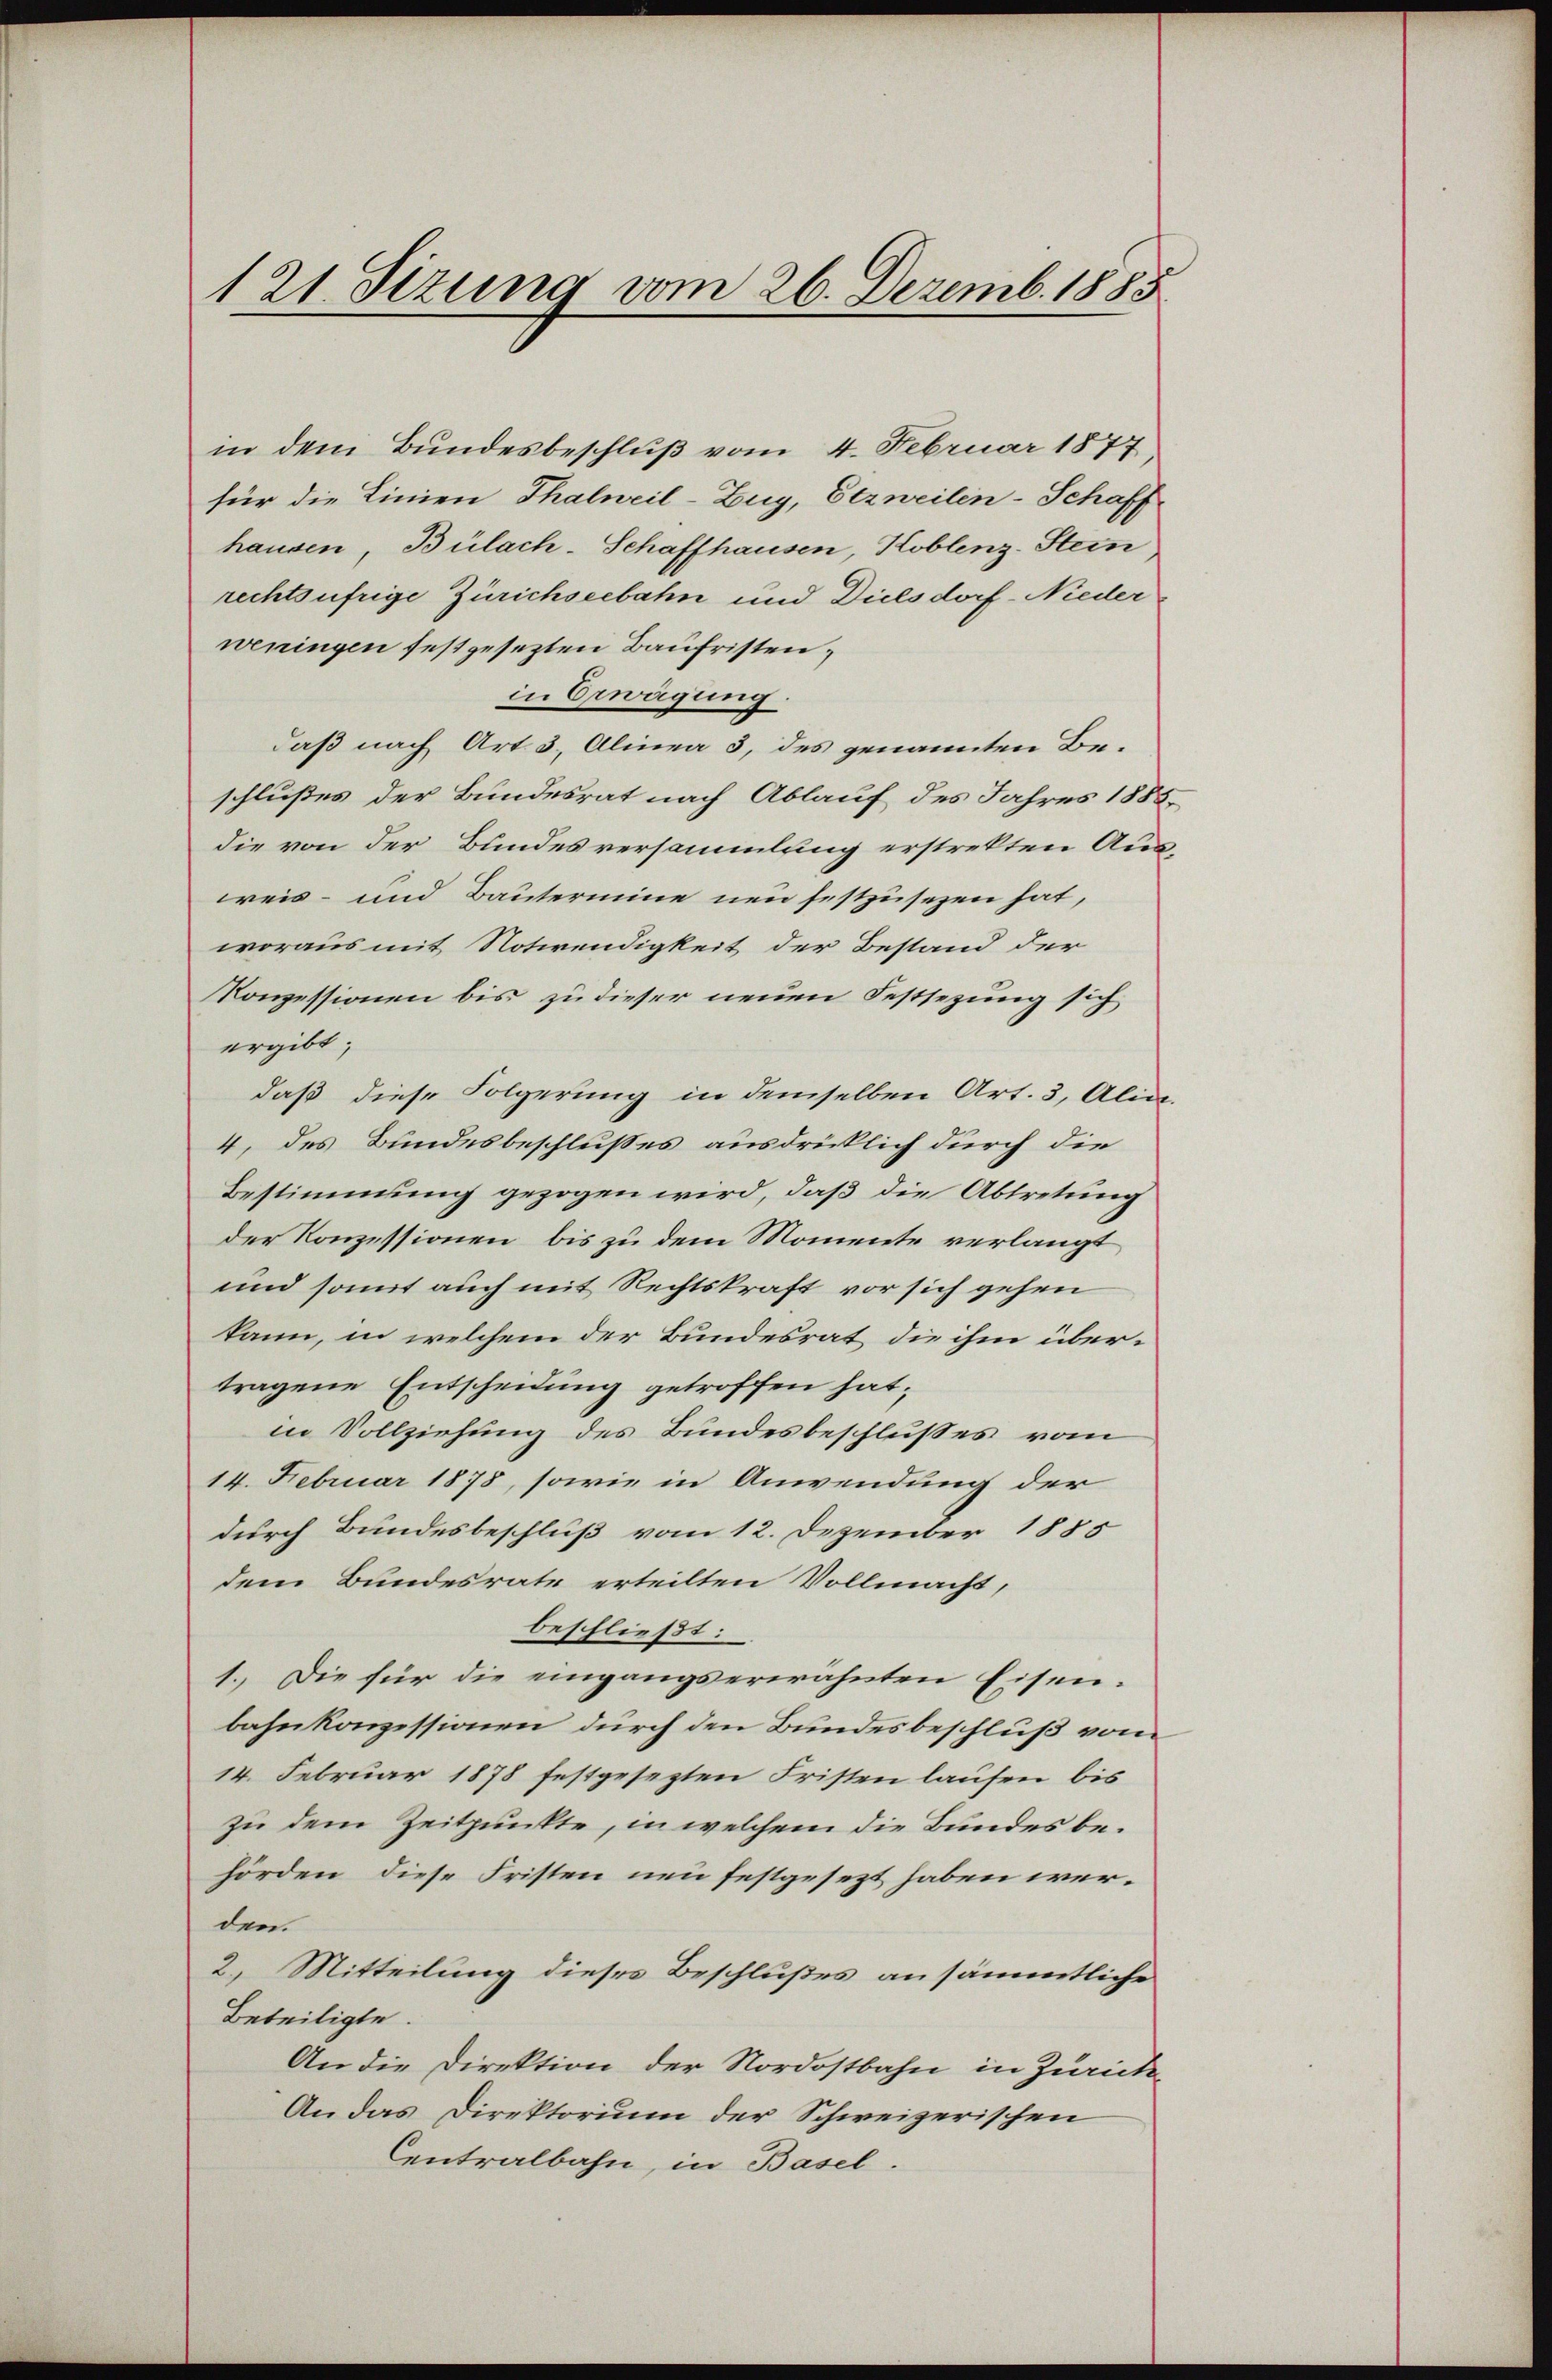
121. Sizung vom 26. Dezemb. 1885

in dem Bundesbeschluß vom 4. Februar 1877
für die Linien Thalweil-Zug, Etzweilen-Schaff
hausen, Bülach-Schaffhausen, Koblenz-Stein
rechtsufrige Zürichseebahn und Dielsdorf-Nieder
weningen festgesezten Baufristen,
in Erwägung.
daß nach Art. 3. Alinea 3, des genannten Beschlußes der Bundesrat nach Ablauf des Jahres 1883.
die von der Bundesversammlung erstrekten Aus-
weis- und Bautermine neu festzusezen hat,
woraus mit Notwendigkeit der Bestand der
Konzessionen bis zu dieser neuen Festsezung sich
ergibt,
daß diese Folgerung in demselben Art. 3, Alia-
4, des Bundesbeschlußes ausdrücklich durch die
Bestimmung gezogen wird, daß die Abtretung
der Konzessionen, bis zu dem Momente verlangt
und somit auch mit Rechtskraft vor sich gehen
kann, in welchem der Bundesrat die ihm übertragene Entscheidung getroffen hat;
in Vollziehung des Bundesbeschlußes vom
14. Februar 1878, sowie in Anwendung der
durch Bundesbeschluß vom 12. Dezember 1885
dem Bundesrate erteilten Vollmacht,
beschließt:
1. Die für die eingangserwähnten Eisenbahnkonzessionen durch den Bundesbeschluß vom
14. Februar 1878 festgesezten Fristen laufen bis
zu dem Zeitpunkte, in welchem die Bundes behörden, diese Fristen neu festgesezt haben werden
2. Mitteilung dieses Beschlußes an sämmtliche
Beteiligte.
An die Direktion der Nordostbahn in Zürich¬
An das Direktorium der Schweizerischen
Centralbahn, in Basel.